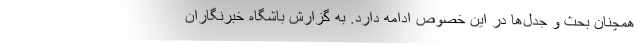
همچنان بحث‌ و جدل‌ها در این خصوص ادامه دارد. به گزارش باشگاه خبرنگاران